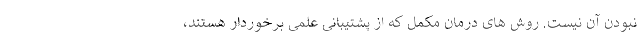
نبودن آن نیست. روش های درمان مکمل که از پشتیبانی علمی برخوردار هستند،